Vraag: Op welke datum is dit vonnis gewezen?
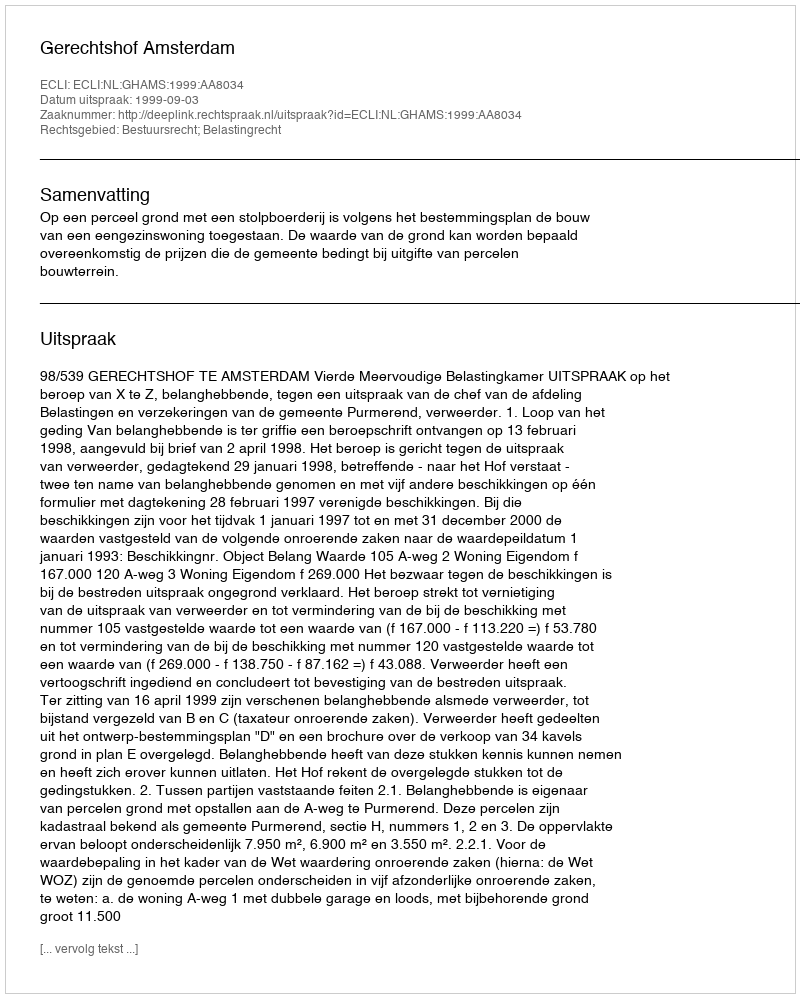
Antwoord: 1999-09-03